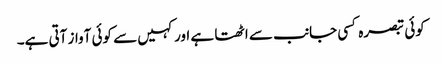
کوئی تبصرہ کسی جانب سے اٹھتا ہے اور کہیں سے کوئی آواز آتی ہے۔